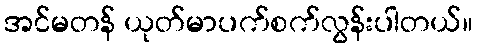
အင်မတန် ယုတ်မာပက်စက်လွန်းပါတယ်။